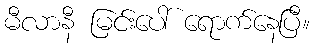
မီလာနီ မြင်းပေါ် ရောက်နေပြီ။